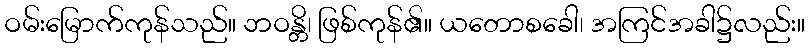
ဝမ်းမြောက်ကုန်သည်။ ဘဝန္တိ၊ ဖြစ်ကုန်၏။ ယတောစခေါ၊ အကြင်အခါ၌လည်း။